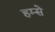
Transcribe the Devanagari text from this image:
हम्से